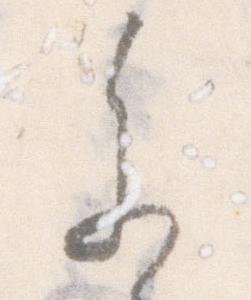
参